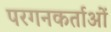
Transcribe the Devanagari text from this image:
परगनकर्ताओं